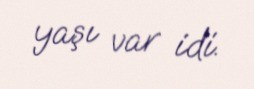
yaşı var idi.